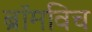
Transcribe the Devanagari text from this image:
ब्रॉमविच